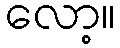
လော့။